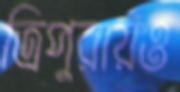
ত্রিপুরায়ও